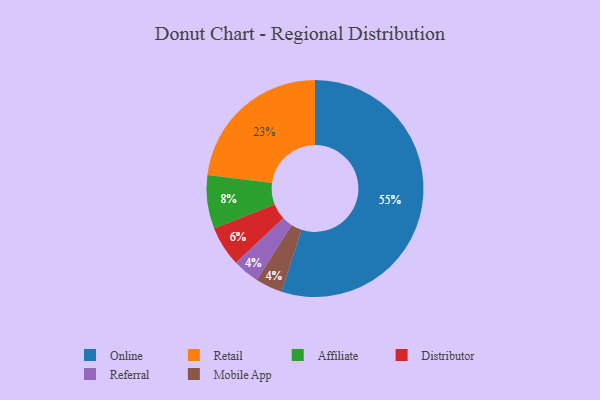
{"axis": {"x": "Category", "y": "Percentage"}, "legend": ["Affiliate", "Distributor", "Mobile App", "Online", "Referral", "Retail"], "data": [{"x": "Affiliate", "y": 8, "type": "Affiliate"}, {"x": "Online", "y": 55, "type": "Online"}, {"x": "Retail", "y": 23, "type": "Retail"}, {"x": "Referral", "y": 4, "type": "Referral"}, {"x": "Mobile App", "y": 4, "type": "Mobile App"}, {"x": "Distributor", "y": 6, "type": "Distributor"}]}